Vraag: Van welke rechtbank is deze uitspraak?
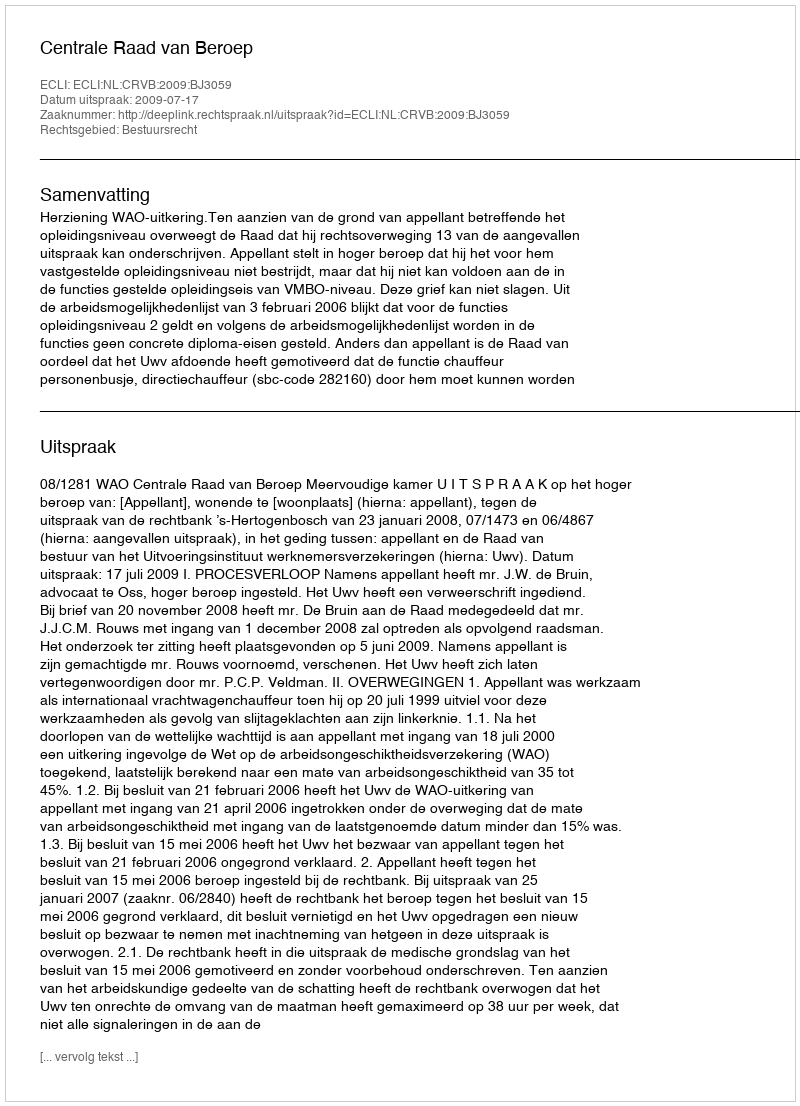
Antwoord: Centrale Raad van Beroep